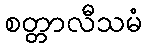
စတ္တာလီသမံ